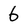
Character: 6